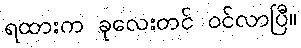
ရထားက ခုလေးတင် ဝင်လာပြီ။